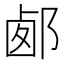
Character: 𨛹